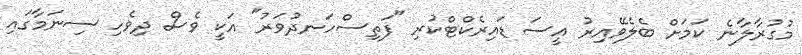
މުގުރާލާނެ ކަމަށް ބެލެވޭއިރު އީސަ ޑައިރެކްޓްކުރި "ފަތިސްހަނދުވަރު" އަކީ ވެސް ދިވެހި ސިނަމާގައި